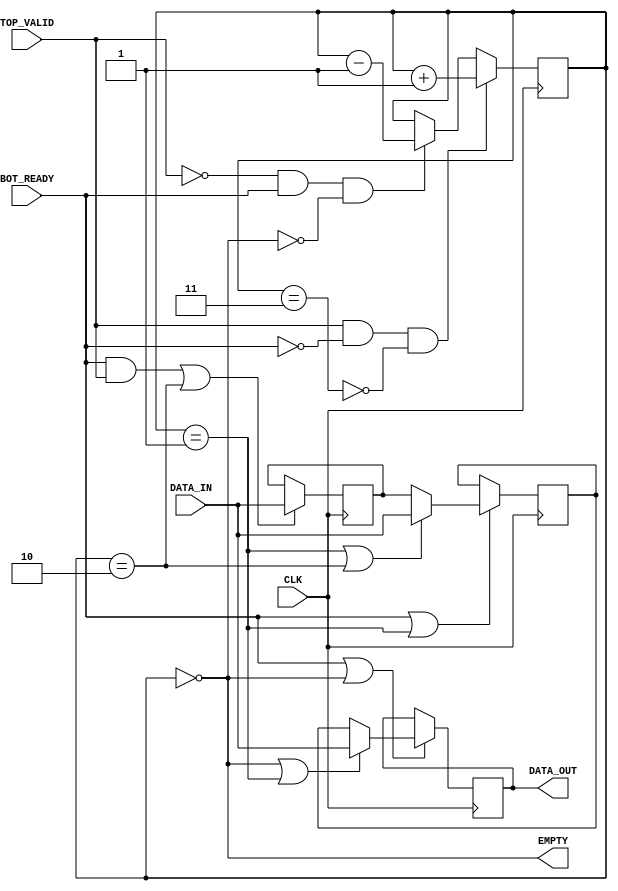
`timescale 1ns / 1ps
//////////////////////////////////////////////////////////////////////////////////
// Company: University of Moratuwa
// 
// Design Name: 
// Module Name: Fetch_Queue
// Project Name: 
// Target Devices: 
// Tool Versions: 
// Description: A three register state machine to emulate a 1 clock latency
//              FWFT FIFO for storing the PC values to be sent to L2 cache
// 
// Dependencies: 
// 
// Revision:
// Revision 0.01 - File Created
// Additional Comments:
// 
//////////////////////////////////////////////////////////////////////////////////


module Fetch_Queue #(
        // Primary parameters
        parameter WIDTH = 32
    ) (
        input CLK,
        input TOP_VALID,
        input BOT_READY,
        input [WIDTH - 1 : 0] DATA_IN,
        
        output EMPTY,
        output [WIDTH - 1 : 0] DATA_OUT
    );
    
    reg [WIDTH - 1 : 0] memory [0 : 2];
    reg [1 : 0] count;
    
    wire enb0, enb1, enb2, sel0, sel1;
    
    assign DATA_OUT = memory[0];
    assign EMPTY = (count == 2'b0);
    
    initial begin
        memory[0] = {WIDTH{1'b0}};
        memory[1] = {WIDTH{1'b0}};
        memory[2] = {WIDTH{1'b0}};
        count = 2'd0; 
    end
    
    // Managing the count (state variable)
    always @(posedge CLK) begin
        if ((TOP_VALID & !BOT_READY) & !(count == 2'd3)) begin
            count <= count + 1;
        end else if ((!TOP_VALID & BOT_READY) & !(count == 2'd0)) begin
            count <= count - 1;
        end
    end
    
    // Control
    assign enb0 = BOT_READY | (count == 2'b00);
    assign enb1 = BOT_READY | (count == 2'b01);
    assign enb2 = (BOT_READY & TOP_VALID) | (count == 2'b10);
    assign sel0 = (count == 2'b00) | (count == 2'b01);
    assign sel1 = (count == 2'b01) | (count == 2'b10);
    
    // Datapath
    always @(posedge CLK) begin
        if (enb0) begin
            if (sel0) 
                memory[0] <= DATA_IN;
            else
                memory[0] <= memory[1];
        end
        
        if (enb1) begin
            if (sel1) 
                memory[1] <= DATA_IN;
            else
                memory[1] <= memory[2];
        end
                
        if (enb2) begin
            memory[2] <= DATA_IN;           
        end                        
    end    
endmodule

//Fetch_Queue #(
//    .WIDTH()
//) your_instance (
//    .CLK(),
//    .TOP_VALID(),
//    .BOT_READY(),
//    .DATA_IN(),
//    .DATA_OUT(),
//    .EMPTY()
//);